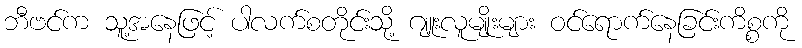
ဘီဗင်က သူ့အနေဖြင့် ပါလက်စတိုင်းသို့ ဂျူးလူမျိုးများ ဝင်ရောက်နေခြင်းကိစ္စကို